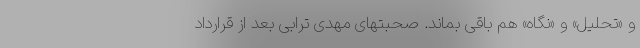
و «تحلیل» و «نگاه» هم باقی بماند. صحبتهای مهدی ترابی بعد از قرارداد